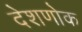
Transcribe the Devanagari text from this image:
देशणोक